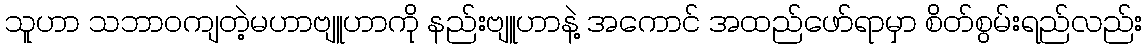
သူဟာ သဘာဝကျတဲ့မဟာဗျူဟာကို နည်းဗျူဟာနဲ့ အကောင် အထည်ဖော်ရာမှာ စိတ်စွမ်းရည်လည်း